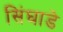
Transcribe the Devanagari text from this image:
सिंघाडे